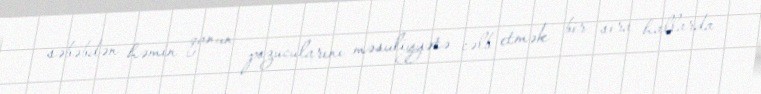
səbəbdən həmin qanun pozucularını məsuliyyətə cəlb etmək bir sıra hallarda